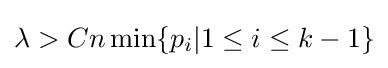
\lambda >Cn\min\{p_{i}|1\leq i\leq k-1\}